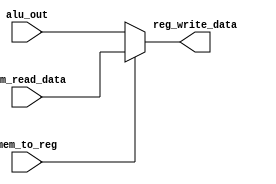
module mux(mem_to_reg,mem_read_data,alu_out,reg_write_data);

input mem_to_reg;
input [31:0]mem_read_data,alu_out;

output wire [31:0]reg_write_data;

assign reg_write_data = mem_to_reg?(mem_read_data):(alu_out);
endmodule